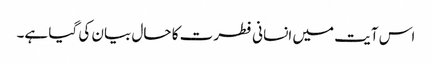
اس آیت میں انسانی فطرت کا حال بیان کی گیا ہے۔